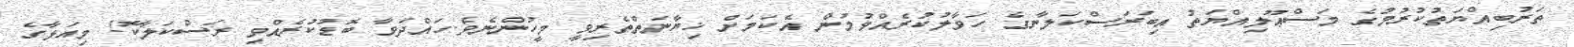
ތަރުބިއްޔަތުކުރުމުގެ މަސްޢޫލިއްޔަތު އިބަރަސްކަލާނގެ ހަވާލުކުރެއްވުމުން އެކަމަށް ޚިޔާނަތްތެރިވީ މީހުންނެވެ.ހައްދަވާ ބޮޑުކުރެއްވި ރަސްކަލާކޮ! މިއަޅާގެ